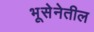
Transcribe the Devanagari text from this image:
भूसेनेतील